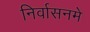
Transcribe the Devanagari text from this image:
निर्वासनमे